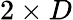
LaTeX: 2\times D